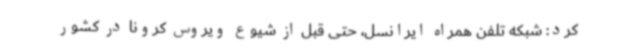
کرد: شبکه تلفن همراه ایرانسل، حتی قبل از شیوع ویروس کرونا در کشور